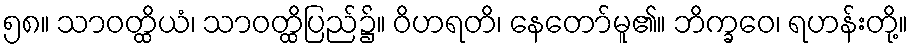
၅၈။ သာဝတ္ထိယံ၊ သာဝတ္ထိပြည်၌။ ဝိဟရတိ၊ နေတော်မူ၏။ ဘိက္ခဝေ၊ ရဟန်းတို့။